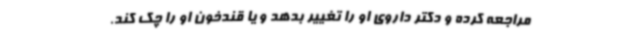
مراجعه کرده و دکتر داروی او را تغییر بدهد و یا قندخون او را چک کند.